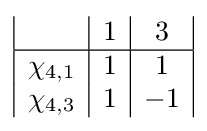
{\begin{array}{|c|c|c|c|c|c|c|}&1&3\\\hline \chi _{4,1}&1&1\\\chi _{4,3}&1&-1\\\end{array}}